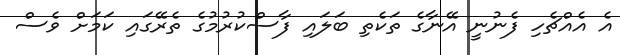
އެ އެއްޗެހި ފެނުނީ އޭނާގެ ތަކެތި ބަލައި ފާސްކުރުމުގެ ތެރޭގައި ކަމަށް ވެސް